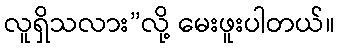
လူရှိသလား”လို့ မေးဖူးပါတယ်။